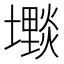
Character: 𱘓